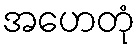
အဟေတုံ